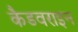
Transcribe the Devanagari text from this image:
कैडवराइन